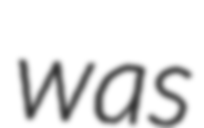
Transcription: was